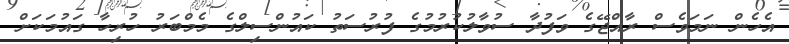
އެހެން ނަމަވެސް ރާއްޖޭގެ ވަފުދާ ސުވާލުކުރުމުގެ ފުރުސަތު ކައުންސިލްގެ މެމްބަރު ހުރިހާ ގައުމަކަށް